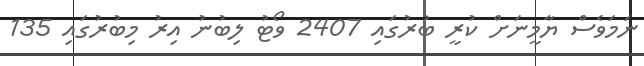
ނަމަވެސް ޔާމީނަށް ކުރީ ބުރުގައި 2407 ވޯޓު ލިބުނު އިރު މިބުރުގައި 135